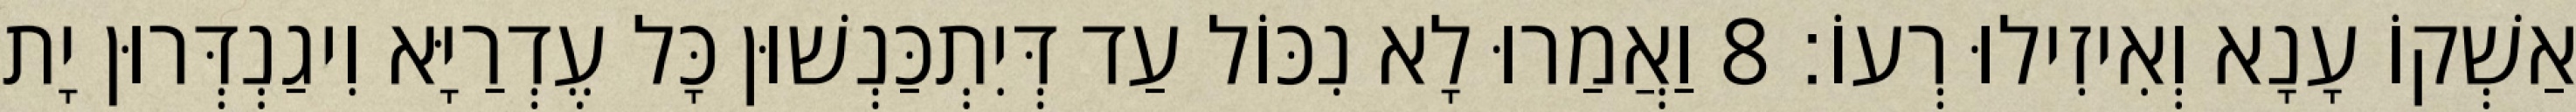
אַשְׁקוֹ עָנָא וְאִיזִילוּ רְעוֹ׃ 8 וַאֲמַרוּ לָא נִכּוֹל עַד דְּיִתְכַּנְשׁוּן כָּל עֶדְרַיָּא וִיגַנְדְּרוּן יָת